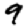
Digit: 9